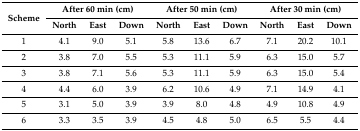
<table><thead><tr><td rowspan="2"><b>Scheme</b></td><td colspan="3"><b>After 60 min (cm)</b></td><td colspan="3"><b>After 50 min (cm)</b></td><td colspan="3"><b>After 30 min (cm)</b></td></tr><tr><td><b>North</b></td><td><b>East</b></td><td><b>Down</b></td><td><b>North</b></td><td><b>East</b></td><td><b>Down</b></td><td><b>North</b></td><td><b>East</b></td><td><b>Down</b></td></tr></thead><tbody><tr><td>1</td><td>4.1</td><td>9.0</td><td>5.1</td><td>5.8</td><td>13.6</td><td>6.7</td><td>7.1</td><td>20.2</td><td>10.1</td></tr><tr><td>2</td><td>3.8</td><td>7.0</td><td>5.5</td><td>5.3</td><td>11.1</td><td>5.9</td><td>6.3</td><td>15.0</td><td>5.7</td></tr><tr><td>3</td><td>3.8</td><td>7.1</td><td>5.6</td><td>5.3</td><td>11.1</td><td>5.9</td><td>6.3</td><td>15.0</td><td>5.4</td></tr><tr><td>4</td><td>4.4</td><td>6.0</td><td>3.9</td><td>6.2</td><td>10.6</td><td>4.9</td><td>7.1</td><td>14.9</td><td>4.1</td></tr><tr><td>5</td><td>3.1</td><td>5.0</td><td>3.9</td><td>3.9</td><td>8.0</td><td>4.8</td><td>4.9</td><td>10.8</td><td>4.9</td></tr><tr><td>6</td><td>3.3</td><td>3.5</td><td>3.9</td><td>4.5</td><td>4.8</td><td>5.0</td><td>6.5</td><td>5.5</td><td>4.4</td></tr></tbody></table>